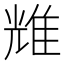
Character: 𬯬